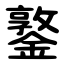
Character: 鐜